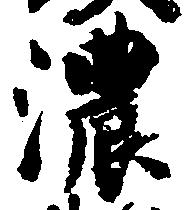
濃